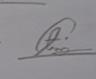
Signature authenticity: genuine